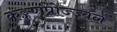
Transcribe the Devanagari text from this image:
कङ्कणप्रोज्ज्वलं